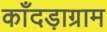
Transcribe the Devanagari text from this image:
काँदड़ाग्राम